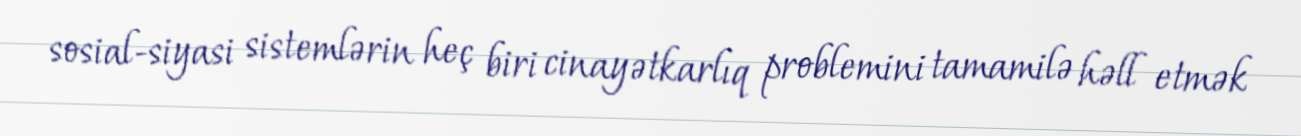
sosial-siyasi sistemlərin heç biri cinayətkarlıq problemini tamamilə həll etmək